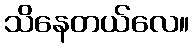
သိနေတယ်လေ။